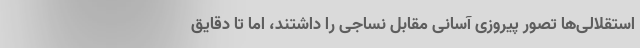
استقلالی‌ها تصور پیروزی آسانی مقابل نساجی را داشتند، اما تا دقایق